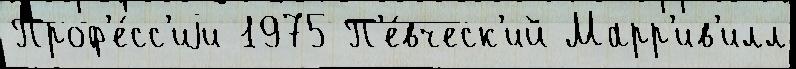
Проф'е́сс'иjи 1975 П'е́вческ'ий Марр'ив'илл